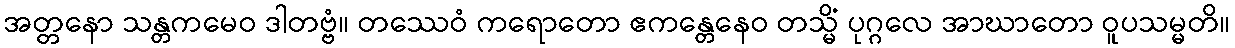
အတ္တနော သန္တကမေဝ ဒါတဗ္ဗံ။ တဿေဝံ ကရောတော ဧကန္တေနေဝ တသ္မိံ ပုဂ္ဂလေ အာဃာတော ဝူပသမ္မတိ။